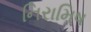
નિરામિષ